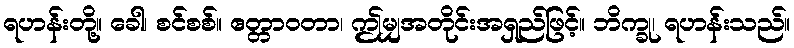
ရဟန်းတို့။ ခေါ၊ စင်စစ်။ ဧတ္တာဝတာ၊ ဤမျှအတိုင်းအရှည်ဖြင့်။ ဘိက္ခု၊ ရဟန်းသည်။